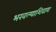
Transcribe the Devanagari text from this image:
भरवल्याशिवाय